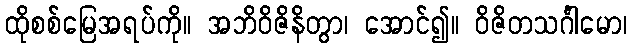
ထိုစစ်မြေအရပ်ကို။ အဘိဝိဇိနိတွာ၊ အောင်၍။ ဝိဇိတသင်္ဂါမော၊